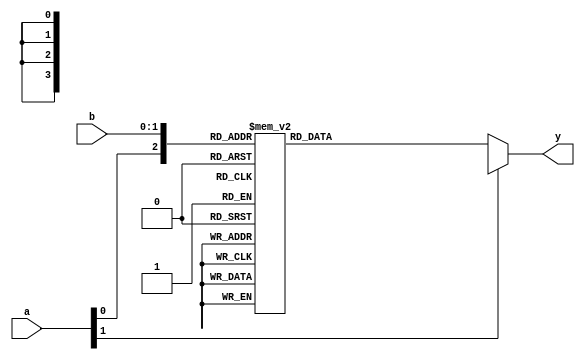
module combinational_logic (
    input wire [1:0] a, // 2-bit input
    input wire [1:0] b, // 2-bit input
    output reg [3:0] y  // 4-bit output
);

    always @(*) begin
        case ({a, b}) // Concatenate a and b to cover all combinations
            4'b0000: y = 4'b0000; // a = 0, b = 0
            4'b0001: y = 4'b0001; // a = 0, b = 1
            4'b0010: y = 4'b0010; // a = 1, b = 0
            4'b0011: y = 4'b0011; // a = 1, b = 1
            4'b0100: y = 4'b0100; // a = 2, b = 0
            4'b0101: y = 4'b0101; // a = 2, b = 1
            4'b0110: y = 4'b0110; // a = 3, b = 0
            4'b0111: y = 4'b0111; // a = 3, b = 1
            // ... continue for all combinations ...
            default: y = 4'bXXXX;  // In case of any unexpected input
        endcase
    end

endmodule